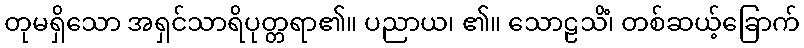
တုမရှိသော အရှင်သာရိပုတ္တရာ၏။ ပညာယ၊ ၏။ သောဠသိံ၊ တစ်ဆယ့်ခြောက်